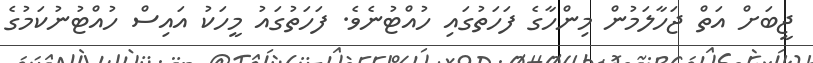
ޖީބަށް އަތް ޖަހާލަމުން މިންހާގެ ފަހަތުގައި ހުއްޓުނެވެ. ފަހަތުގައު މީހަކު އައިސް ހުއްޓުނުކަމުގެ